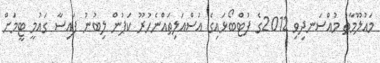
މައުލޫމާތު މުއްސަނދިވި 2012ގެ ފުޓްބޯޅައިގެ އުސްއަލިތައްނެހުރޫ ކަޕުން ލިބުނު ފައިސާ ގައުމީ ޓީމަށް